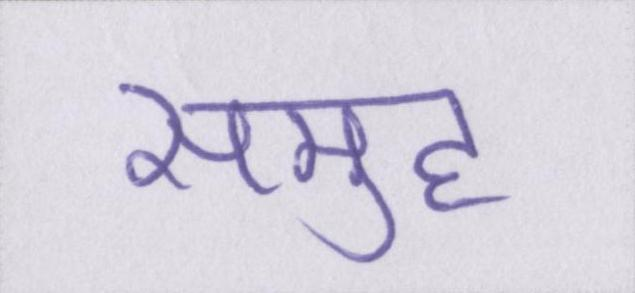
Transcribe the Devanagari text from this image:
समुह